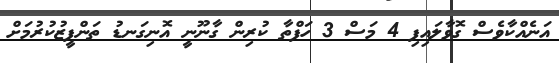
އަނެއްކާވެސް ގޮވާލައިފި 4 މަސް 3 ހަފްތާ ކުރިން ގާނޫނީ އޮނިގަނޑު ތަންފީޒުކުރުމަށް